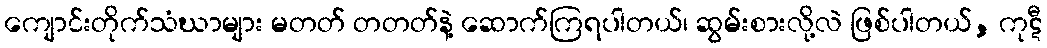
ကျောင်းတိုက်သံဃာများ မတတ် တတတ်နဲ့ ဆောက်ကြရပါတယ်၊ ဆွမ်းစားလို့လဲ ဖြစ်ပါတယ်, ကုဋီ